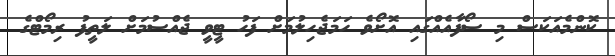
ކޮންމެއަކަސް މި ސޯފާއެއްގައި އޮށޯވެ ހަމަޖެހިލުމަށް ފަހު ޓީވީ ޖެއްސުމަށް ލަތީފު ރިމޯޓްގެ